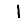
Digit: 1